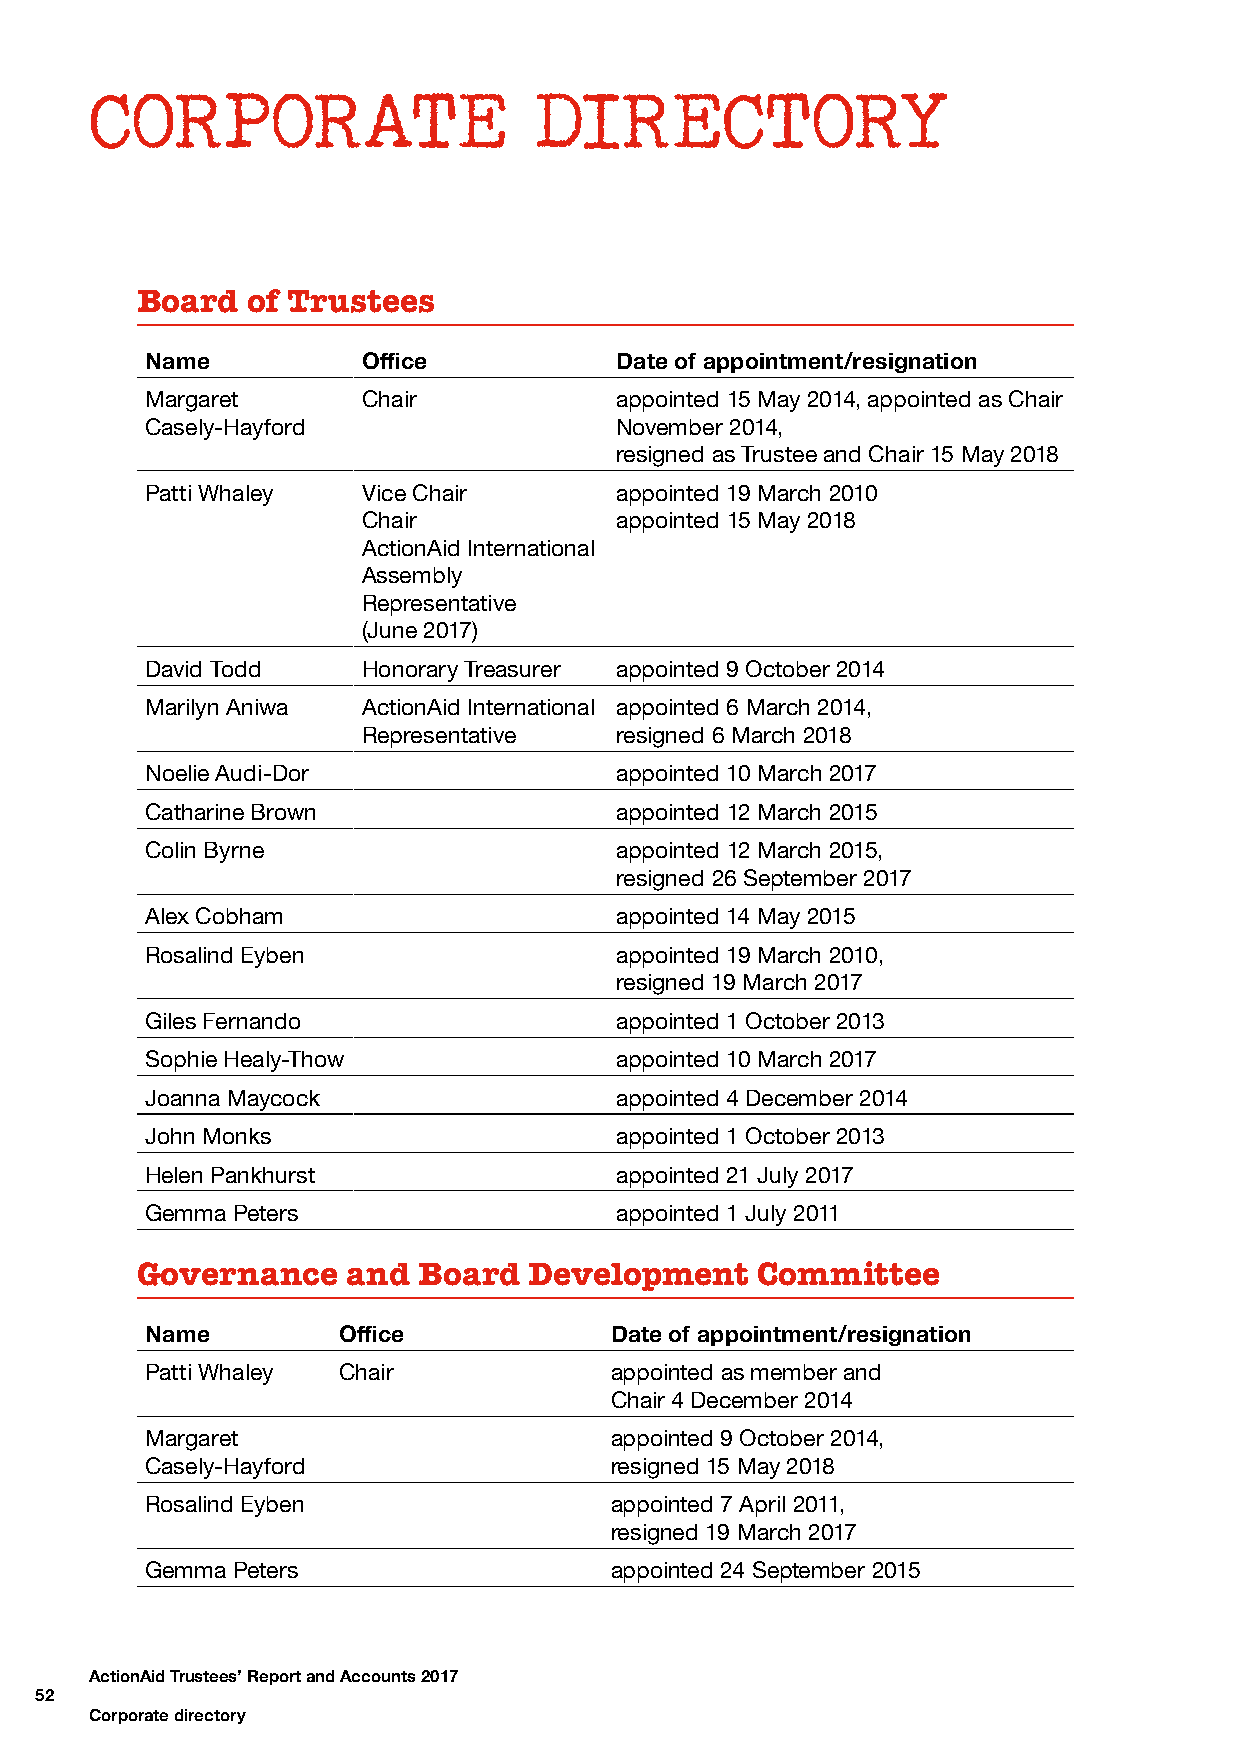
CORPORATE                    DIRECTORY
 Board  of Trustees
 Name          Office           Date of appointment/resignation
 Margaret      Chair            appointed 15 May 2014, appointed as Chair
 Casely-Hayford                 November 2014,
 resigned as Trustee and Chair 15 May 2018
 Patti Whaley  Vice Chair       appointed 19 March 2010
 Chair            appointed 15 May 2018
 ActionAid International
 Assembly
 Representative
 (June 2017)
 David Todd    Honorary Treasurer appointed 9 October 2014
 Marilyn Aniwa ActionAid International appointed 6 March 2014,
 Representative   resigned 6 March 2018
 Noelie Audi-Dor                appointed 10 March 2017
 Catharine Brown                appointed 12 March 2015
 Colin Byrne                    appointed 12 March 2015,
 resigned 26 September 2017
 Alex Cobham                    appointed 14 May 2015
 Rosalind Eyben                 appointed 19 March 2010,
 resigned 19 March 2017
 Giles Fernando                 appointed 1 October 2013
 Sophie Healy-Thow              appointed 10 March 2017
 Joanna Maycock                 appointed 4 December 2014
 John Monks                     appointed 1 October 2013
 Helen Pankhurst                appointed 21 July 2017
 Gemma Peters                   appointed 1 July 2011
 Governance    and  Board  Development    Committee
 Name        Office            Date of appointment/resignation
 Patti Whaley Chair            appointed as member and
 Chair 4 December 2014
 Margaret                      appointed 9 October 2014,
 Casely-Hayford                resigned 15 May 2018
 Rosalind Eyben                appointed 7 April 2011,
 resigned 19 March 2017
 Gemma Peters                  appointed 24 September 2015
 ActionAid Trustees’ Report and Accounts 2017
 52
 Corporate directory